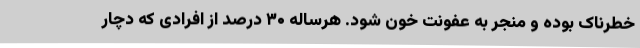
خطرناک بوده و منجر به عفونت خون شود. هرساله ۳۰ درصد از افرادی که دچار